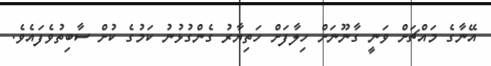
އޭނާގެ މައްޗަށް ވަނީ ގާނޫނަށް ހިލާފަށް ހަތިޔާރު ގެންގުޅުނު ކަމުގެ ކުށް ސާބިތުވެފައެވެ.